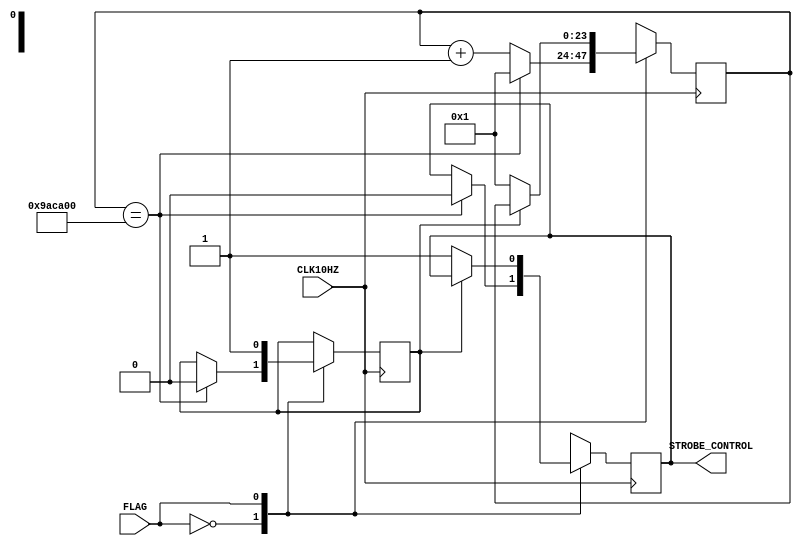
module StrobeController(
    input CLK10HZ,
    input FLAG,
    output STROBE_CONTROL
    );
    
    reg[23:0] COUNTER;
    reg STROBE_CONTROL;
    reg INTERNAL_FLAG = 1'b0;
    
    reg INTERNAL_COUNTER = 1'b0;
    always @ (posedge CLK10HZ)
    begin
        case (FLAG)
            1'b0: 
                begin
                    if (COUNTER == 24'd1000000000)
                    begin
                        INTERNAL_COUNTER <= 1'b0;
                        STROBE_CONTROL = 1'b0;
                        COUNTER = 24'd1;
                    end
                    else
                    begin
                        COUNTER = COUNTER + 24'd1;
                    end
                end
            1'b1:
                begin
                    
                    if (INTERNAL_COUNTER == 1'b1)
                    begin
                    end
                    else
                    begin
                        COUNTER <= 24'd1;
                        STROBE_CONTROL <= 1'b1;
                        INTERNAL_COUNTER <= 1'b1;
                    end
                end
        endcase        
    end

endmodule